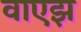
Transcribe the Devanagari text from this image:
वाएझ